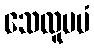
သေလူပမံ